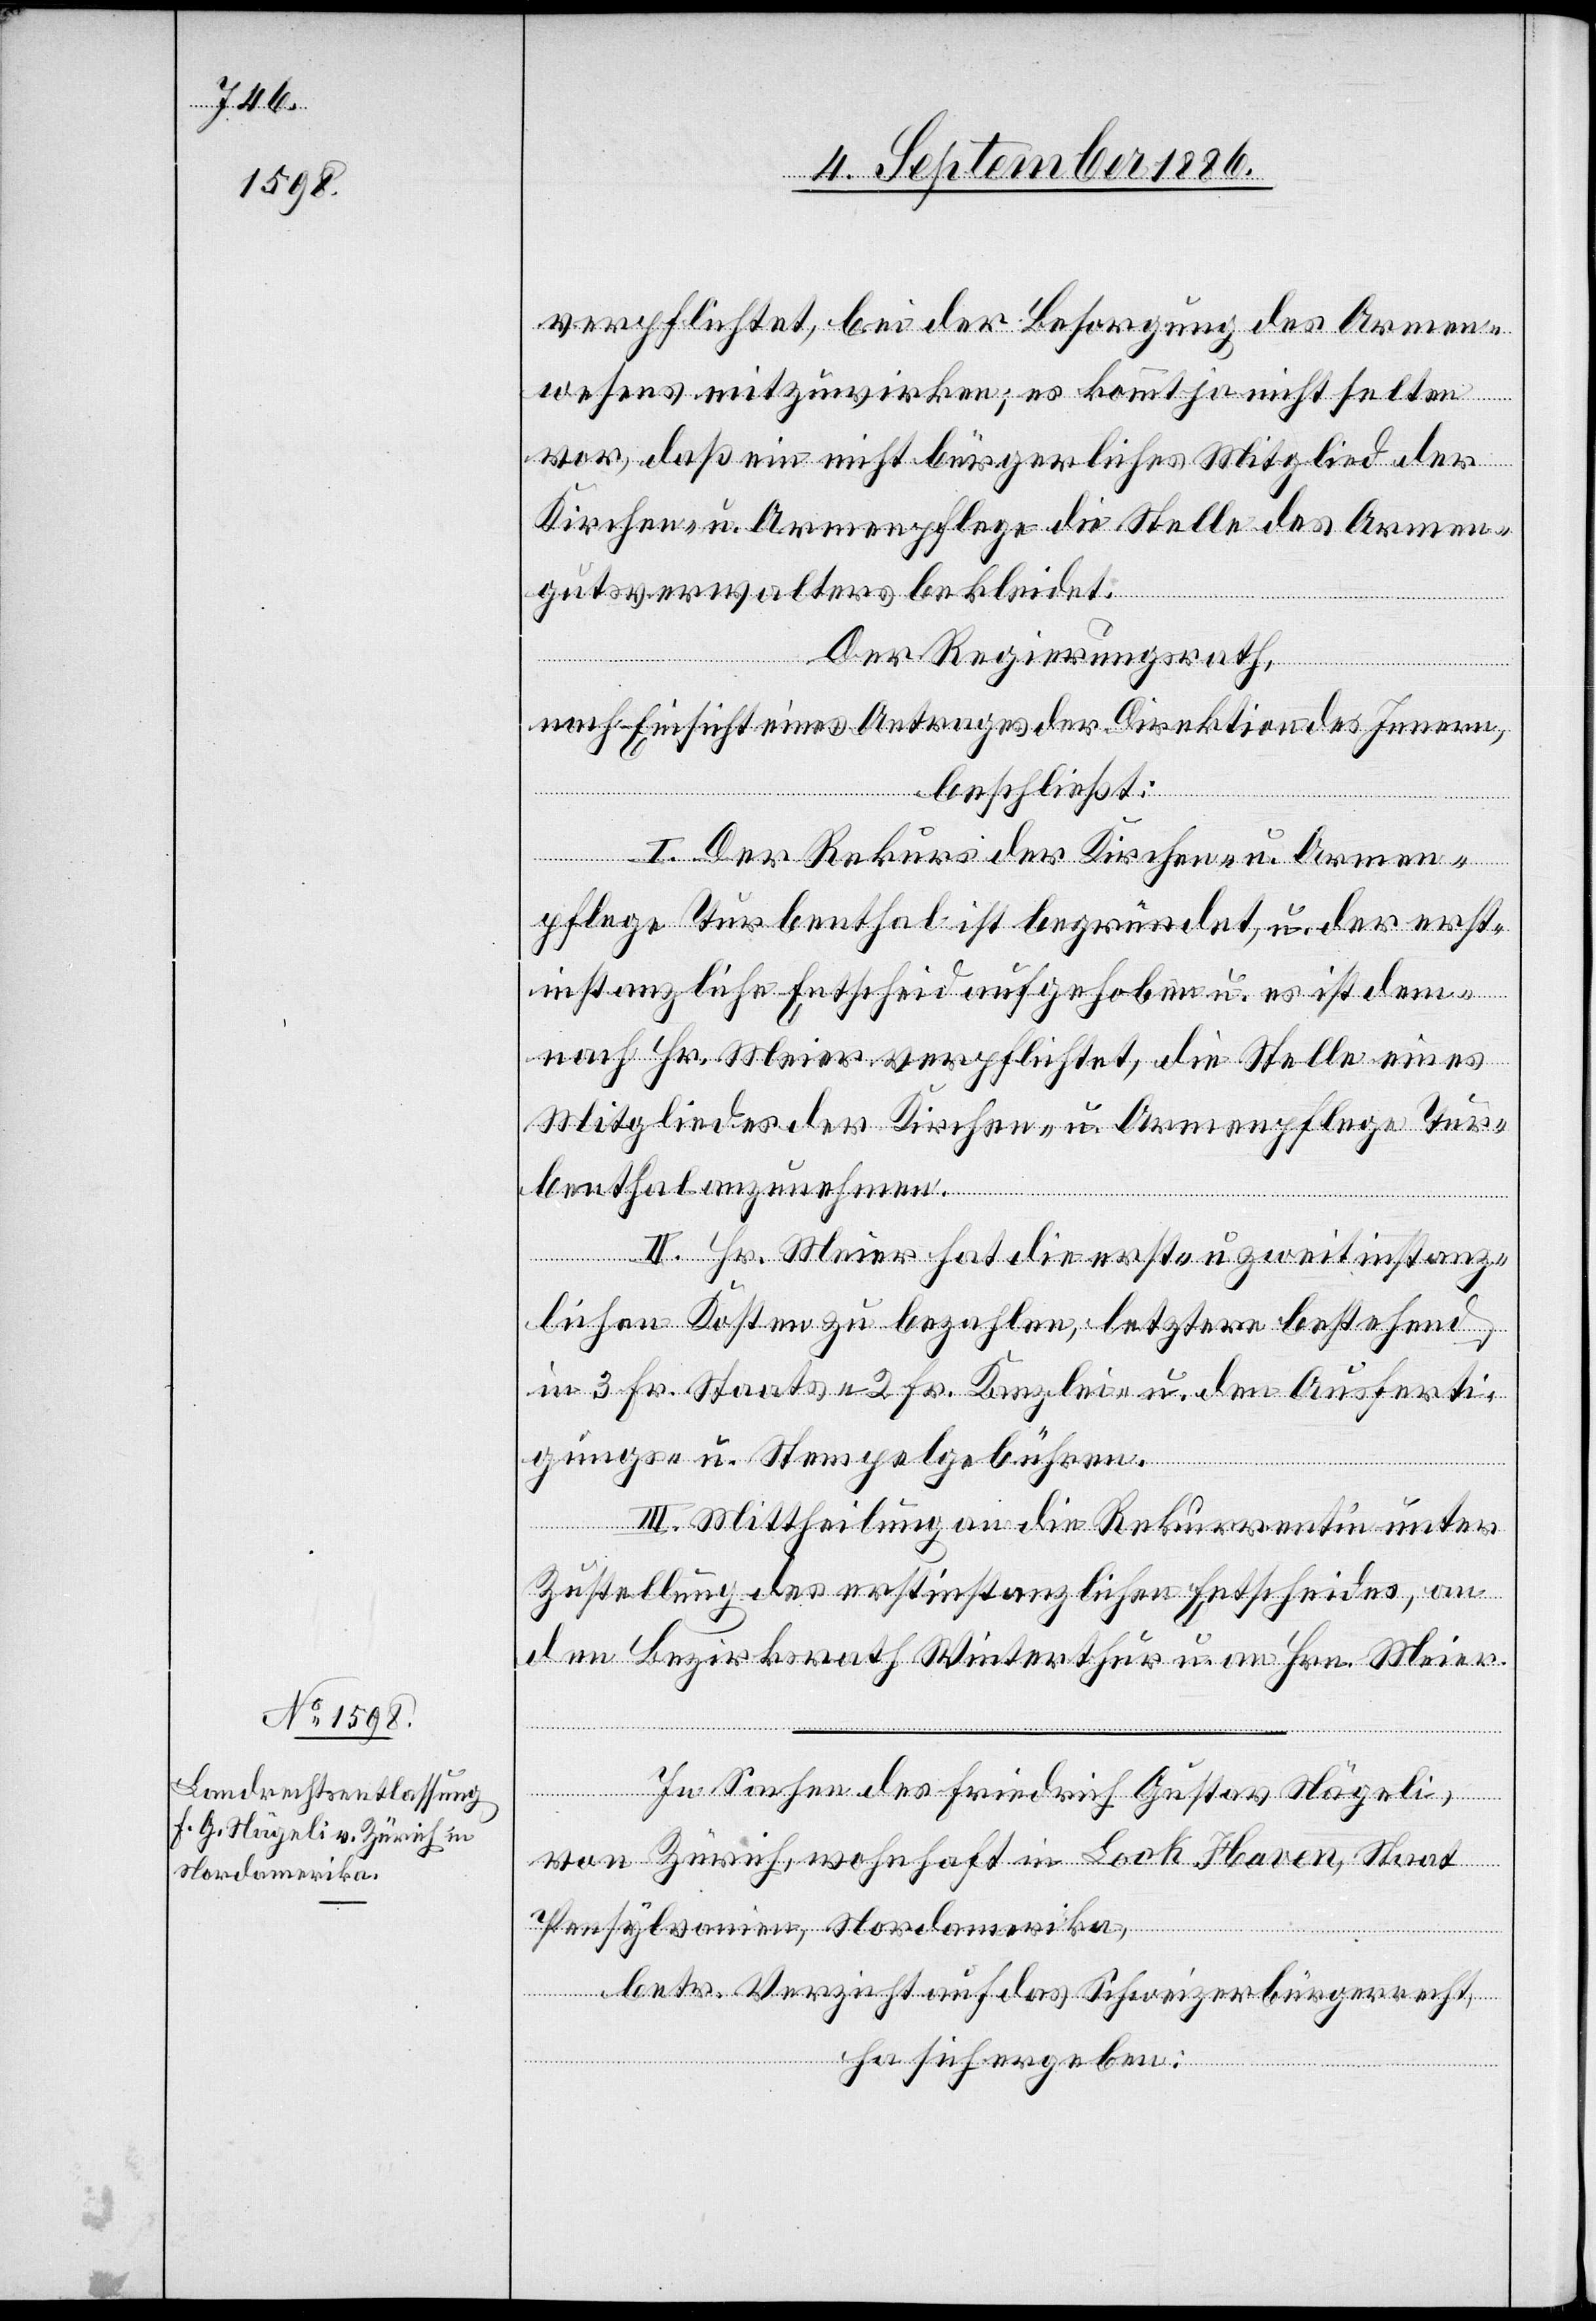
verpflichtet, bei der Besorgung des Armen¬
wesens mitzuwirken; es kommt nicht selten
vor, daß ein nicht bürgerliches Mitglied der
Kirchen- u. Armenpflege die Stelle des Armen¬
gutverwalters bekleidet.
Der Regierungsrath,
nach Einsicht eines Antrages der Direktion des Innern,
beschließt:
I. Der Rekurs der Kirchen- u. Armen¬
pflege Turbenthal ist begründet, u. der erst¬
instanzliche Entscheid aufgehoben u. es ist dem¬
nach Hr. Meier verpflichtet, die Stelle eines
Mitgliedes der Kirchen- u. Armenpflege Tur¬
benthal anzunehmen.
II. Hr. Meier hat die erst- u. zweitinstanz¬
lichen Kosten zu bezahlen, letztere bestehend
in 3 Fr. Staats-, 2 Fr. Kanzlei- u. den Ausferti¬
gungs- u. Stempelgebühren.
III. Mittheilung an die Rekurrentin unter
Zustellung des erstinstanzlichen Entscheides, an
den Bezirksrath Winterthur u. an Hrn. Meier.
In Sachen des Friedrich Gustav Nägeli,
von Zürich, wohnhaft in Lock Haven, Staat
Pensylvanien, Nordamerika,
betr. Verzicht auf das Schweizerbürgerrecht,
hat sich ergeben: